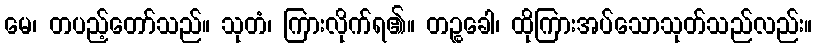
မေ၊ တပည့်တော်သည်။ သုတံ၊ ကြားလိုက်ရ၏။ တဉ္စခေါ၊ ထိုကြားအပ်သောသုတ်သည်လည်း။